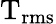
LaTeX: \mathrm{T_{rms}}